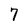
Character: 7